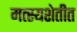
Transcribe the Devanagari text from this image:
मत्स्यशेतीत